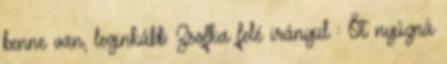
benne van, leginkább Zsofka felé irányul : Őt nyúzná